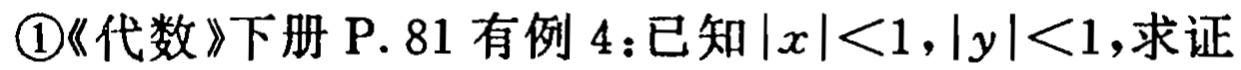
\textcircled{1}《代数》下册 P. 81 有例 4：已知\(|x|<1,|y|<1\)，求证